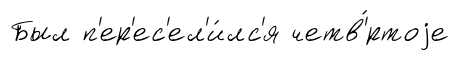
Был п'ер'ес'ел'и́лс'я четв'́ртоjе